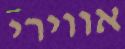
אווירי